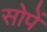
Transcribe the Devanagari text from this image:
सोपें